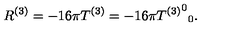
R ^ { ( 3 ) } = - 1 6 \pi T ^ { ( 3 ) } = - 1 6 \pi { { T ^ { ( 3 ) } } ^ { 0 } } _ { 0 } .